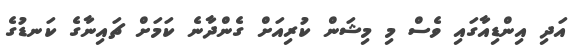
އަދި އިންޑިއާގައި ވެސް މި މިޝަން ކުރިއަށް ގެންދާނެ ކަމަށް ޗައިނާގެ ކަނޑުގެ